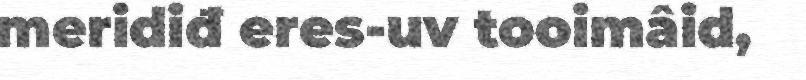
meridiđ eres-uv tooimâid,